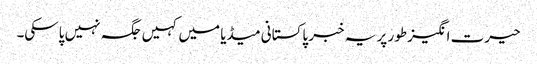
حیرت انگیز طور پر یہ خبر پاکستانی میڈیا میں کہیں جگہ نہیں پاسکی۔